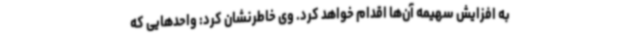
به افزایش سهیمه آن‌ها اقدام خواهد کرد. وی خاطرنشان کرد: واحدهایی که